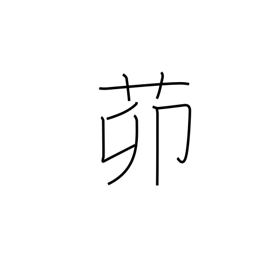
Meaning: yard